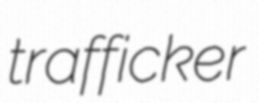
trafficker